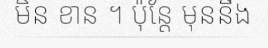
មិន ខាន ។ ប៉ុន្តែ មុននឹង